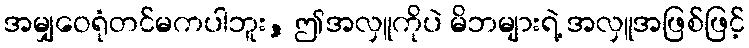
အမျှဝေရုံတင်မကပါဘူး, ဤအလှူကိုပဲ မိဘများရဲ့ အလှူအဖြစ်ဖြင့်